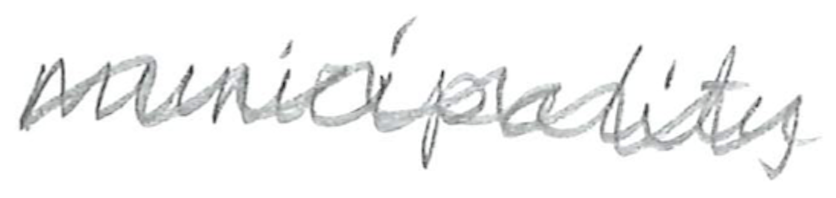
Text: municipality
Cross-out: wave
Writing tool: pencil